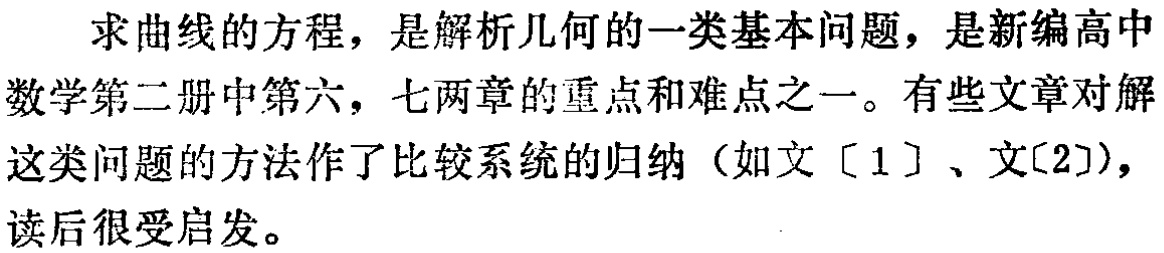
求曲线的方程，是解析几何的一类基本问题，是新编高中数学第二册中第六，七两章的重点和难点之一。有些文章对解这类问题的方法作了比较系统的归纳（如文［1］、文[2]），读后很受启发。